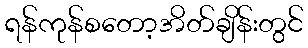
ရန်ကုန်စတော့အိတ်ချိန်းတွင်